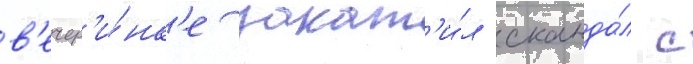
в'ечер'и́нк'е закат'и́л сканда́л с